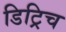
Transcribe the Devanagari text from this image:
डिट्रिच